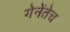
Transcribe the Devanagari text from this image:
गेनेंतेच